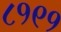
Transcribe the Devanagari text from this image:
८१९१